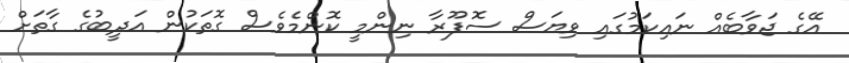
އޭގެ ޖަވާބެއް ނައިކަމުގައި ވިޔަސް ސޮފޫރާ ނިންމީ ކޮންމެވެސް ގޮތަކުން އަދީބުގެ ގާތަށް